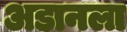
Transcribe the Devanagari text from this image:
अडानला